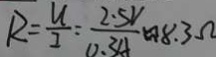
R = \frac { U } { I } = \frac { 2 . 5 V } { 0 . 3 A } \approx 8 . 3 \Omega